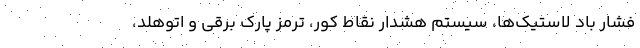
فشار باد لاستیک‌ها، سیستم هشدار نقاط کور، ترمز پارک برقی و اتوهلد،